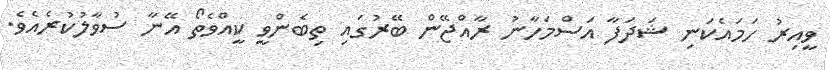
ވީއިރު ހަމައެކަނި ޝަދަފާ އަސްމަހާނު ރާއްޖޭން ބޭރުގައި ތިބެންވީ ކީއްވެތޯ އޭނާ ސުވާލުކުރެއެވެ.